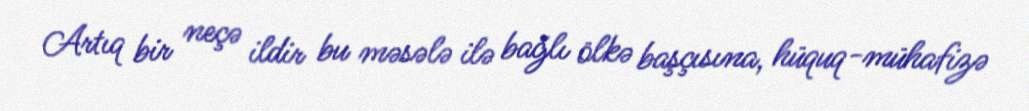
Artıq bir neçə ildir bu məsələ ilə bağlı ölkə başçısına, hüquq-mühafizə